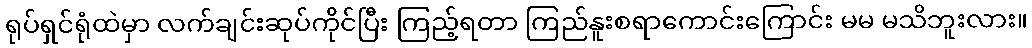
ရုပ်ရှင်ရုံထဲမှာ လက်ချင်းဆုပ်ကိုင်ပြီး ကြည့်ရတာ ကြည်နူးစရာကောင်းကြောင်း မမ မသိဘူးလား။